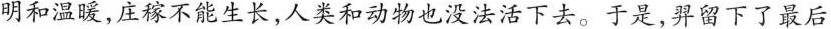
明和温暖，庄稼不能生长，人类和动物也没法活下去。于是，羿留下了最后